Vaccination in Bombay 1869-1873 - 1869-1873
Year: 1869
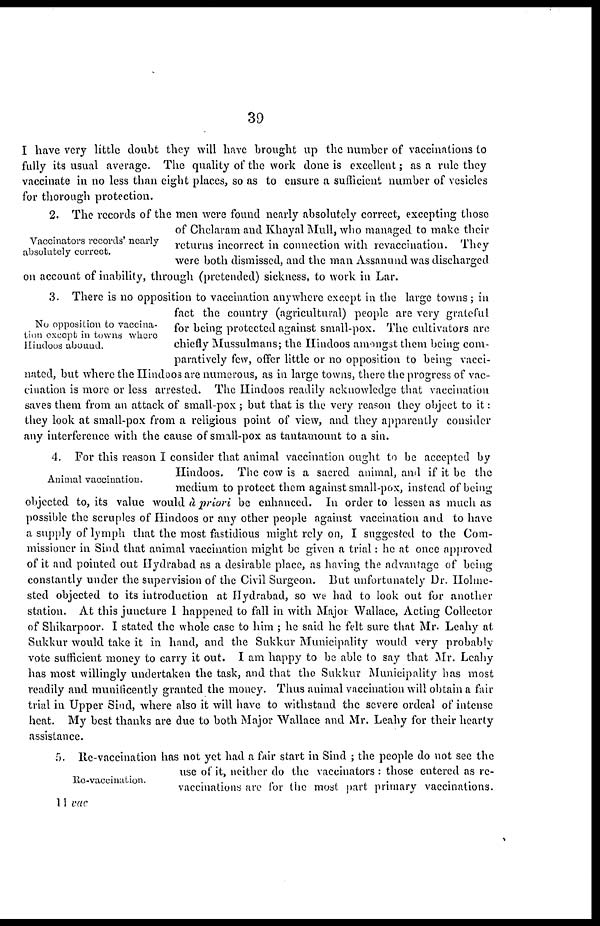
39
I have very little doubt they will have brought up the number of vaccinations to
fully its usual average. The quality of the work done is excellent; as a rule they
vaccinate in no less than eight places, so as to ensure a sufficient number of vesicles
for thorough protection.
Vaccinators records' nearly
absolutely correct.
2. The records of the men were found nearly absolutely correct, excepting those
of Chelaram and Khayal Mull, who managed to make their
returns incorrect in connection with revaccination. They
were both dismissed, and the man Assanund was discharged
on account of inability, through (pretended) sickness, to work in Lar.
No opposition to vaccina-
tion except in towns where
Hindoos abound.
3. There is no opposition to vaccination anywhere except in the large towns; in
fact the country (agricultural) people are very grateful
for being protected against small-pox. The cultivators are
chiefly Mussulmans; the Hindoos amongst them being com-
paratively few, offer little or no opposition to being vacci-
nated, but where the Hindoos are numerous, as in large towns, there the progress of vac-
cination is more or less arrested. The Hindoos readily acknowledge that vaccination
saves them from an attack of small-pox ; but that is the very reason they object to it
they look at small-pox from a religious point of view, and they apparently consider
any interference with the cause of small-pox as tantamount to a sin.
Animal vaccination.
4. For this reason I consider that animal vaccination ought to be accepted by
Hindoos. The cow is a sacred animal, and if it be the
medium to protect them against small-pox, instead of being
objected to, its value would á priori be enhanced. In order to lessen as much as
possible the scruples of Hindoos or any other people against vaccination and to have
a supply of lymph that the most fastidious might rely on, I suggested to the Com-
missioner in Sind that animal vaccination might be given a trial: he at once approved
of it and pointed out Hydrabad as a desirable place, as having the advantage of being
constantly under the supervision of the Civil Surgeon. But unfortunately Dr. Holme-
sted objected to its introduction at Hydrabad, so we had to look out for another
station. At this juncture I happened to fall in with Major Wallace, Acting Collector
of Shikarpoor. I stated the whole case to him ; he said he felt sure that Mr. Leahy at
Sukkur would take it in hand, and the Sukkur Municipality would very probably
vote sufficient money to carry it out. I am happy to be able to say that Mr. Leahy
has most willingly undertaken the task, and that the Sukkur Municipality has most
readily and munificently granted the money. Thus animal vaccination will obtain a fair
trial in Upper Sind, where also it will have to withstand the severe ordeal of intense
heat. My best thanks are due to both Major Wallace and Mr. Leahy for their hearty
assistance.
Re-vaccination.
5. Re-vaccination has not yet had a fair start in Sind ; the people do not see the
use of it, neither do the vaccinators : those entered as re-
vaccinations are for the most part primary vaccinations.
11 vac